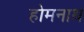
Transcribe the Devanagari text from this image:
होमनाथ